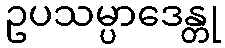
ဥပသမ္ပာဒေန္တု